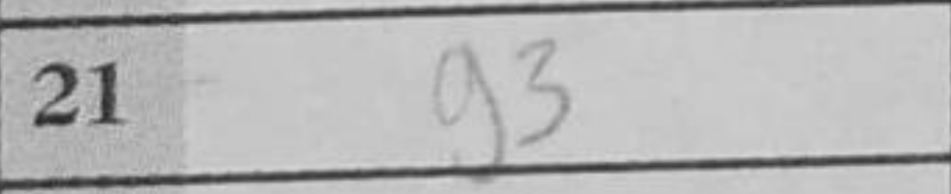
Transcription: g3